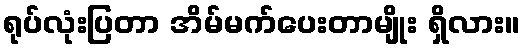
ရုပ်လုံးပြတာ အိမ်မက်ပေးတာမျိုး ရှိလား။